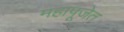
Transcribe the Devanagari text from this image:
महापूजेत